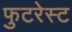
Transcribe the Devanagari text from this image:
फुटरेस्ट